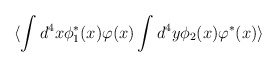
\begin{align*}\langle \int d^4 x \phi_1^*(x)\varphi(x)\int d^4y \phi_2(x)\varphi^*(x) \rangle\end{align*}